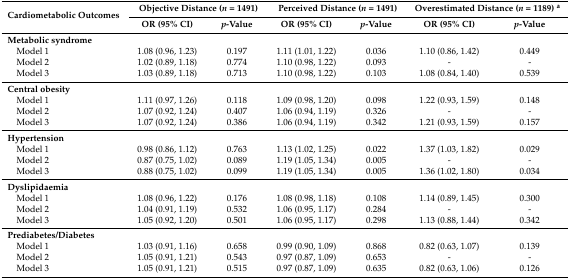
<table><thead><tr><td rowspan="2"><b>Cardiometabolic Outcomes</b></td><td colspan="2"><b>Objective Distance (<i>n</i> = 1491)</b></td><td colspan="2"><b>Perceived Distance (<i>n</i> = 1491)</b></td><td colspan="2"><b>Overestimated Distance (<i>n</i> = 1189) <sup>a</sup></b></td></tr><tr><td><b>OR (95% CI)</b></td><td><b><i>p</i>-Value</b></td><td><b>OR (95% CI)</b></td><td><b><i>p</i>-Value</b></td><td><b>OR (95% CI)</b></td><td><b><i>p</i>-Value</b></td></tr></thead><tbody><tr><td><b>Metabolic syndrome</b></td><td></td><td></td><td></td><td></td><td></td><td></td></tr><tr><td> Model 1</td><td>1.08 (0.96, 1.23)</td><td>0.197</td><td>1.11 (1.01, 1.22)</td><td>0.036</td><td>1.10 (0.86, 1.42)</td><td>0.449</td></tr><tr><td> Model 2</td><td>1.02 (0.89, 1.18)</td><td>0.774</td><td>1.10 (0.98, 1.22)</td><td>0.093</td><td>-</td><td>-</td></tr><tr><td> Model 3</td><td>1.03 (0.89, 1.18)</td><td>0.713</td><td>1.10 (0.98, 1.22)</td><td>0.103</td><td>1.08 (0.84, 1.40)</td><td>0.539</td></tr><tr><td><b>Central obesity</b></td><td></td><td></td><td></td><td></td><td></td><td></td></tr><tr><td> Model 1</td><td>1.11 (0.97, 1.26)</td><td>0.118</td><td>1.09 (0.98, 1.20) </td><td>0.098</td><td>1.22 (0.93, 1.59)</td><td>0.148</td></tr><tr><td> Model 2</td><td>1.07 (0.92, 1.24)</td><td>0.407</td><td>1.06 (0.94, 1.19) </td><td>0.326</td><td>-</td><td>-</td></tr><tr><td> Model 3</td><td>1.07 (0.92, 1.24)</td><td>0.386</td><td>1.06 (0.94, 1.19)</td><td>0.342</td><td>1.21 (0.93, 1.59)</td><td>0.157</td></tr><tr><td><b>Hypertension</b></td><td></td><td></td><td></td><td></td><td></td><td></td></tr><tr><td> Model 1</td><td>0.98 (0.86, 1.12)</td><td>0.763</td><td>1.13 (1.02, 1.25)</td><td>0.022</td><td>1.37 (1.03, 1.82) </td><td>0.029</td></tr><tr><td> Model 2</td><td>0.87 (0.75, 1.02)</td><td>0.089</td><td>1.19 (1.05, 1.34)</td><td>0.005</td><td>-</td><td>-</td></tr><tr><td> Model 3</td><td>0.88 (0.75, 1.02)</td><td>0.099</td><td>1.19 (1.05, 1.34)</td><td>0.005</td><td>1.36 (1.02, 1.80) </td><td>0.034</td></tr><tr><td><b>Dyslipidaemia</b></td><td></td><td></td><td></td><td></td><td></td><td></td></tr><tr><td> Model 1</td><td>1.08 (0.96, 1.22)</td><td>0.176</td><td>1.08 (0.98, 1.18)</td><td>0.108</td><td>1.14 (0.89, 1.45)</td><td>0.300</td></tr><tr><td> Model 2</td><td>1.04 (0.91, 1.19)</td><td>0.532</td><td>1.06 (0.95, 1.17)</td><td>0.284</td><td>-</td><td>-</td></tr><tr><td> Model 3</td><td>1.05 (0.92, 1.20)</td><td>0.501</td><td>1.06 (0.95, 1.17)</td><td>0.298</td><td>1.13 (0.88, 1.44)</td><td>0.342</td></tr><tr><td><b>Prediabetes/Diabetes</b></td><td></td><td></td><td></td><td></td><td></td><td></td></tr><tr><td> Model 1</td><td>1.03 (0.91, 1.16)</td><td>0.658</td><td>0.99 (0.90, 1.09)</td><td>0.868</td><td>0.82 (0.63, 1.07)</td><td>0.139</td></tr><tr><td> Model 2</td><td>1.05 (0.91, 1.21)</td><td>0.543</td><td>0.97 (0.87, 1.09)</td><td>0.653</td><td>-</td><td>-</td></tr><tr><td> Model 3</td><td>1.05 (0.91, 1.21)</td><td>0.515</td><td>0.97 (0.87, 1.09)</td><td>0.635</td><td>0.82 (0.63, 1.06)</td><td>0.126</td></tr></tbody></table>